Leaving Certificate Examination, 1920
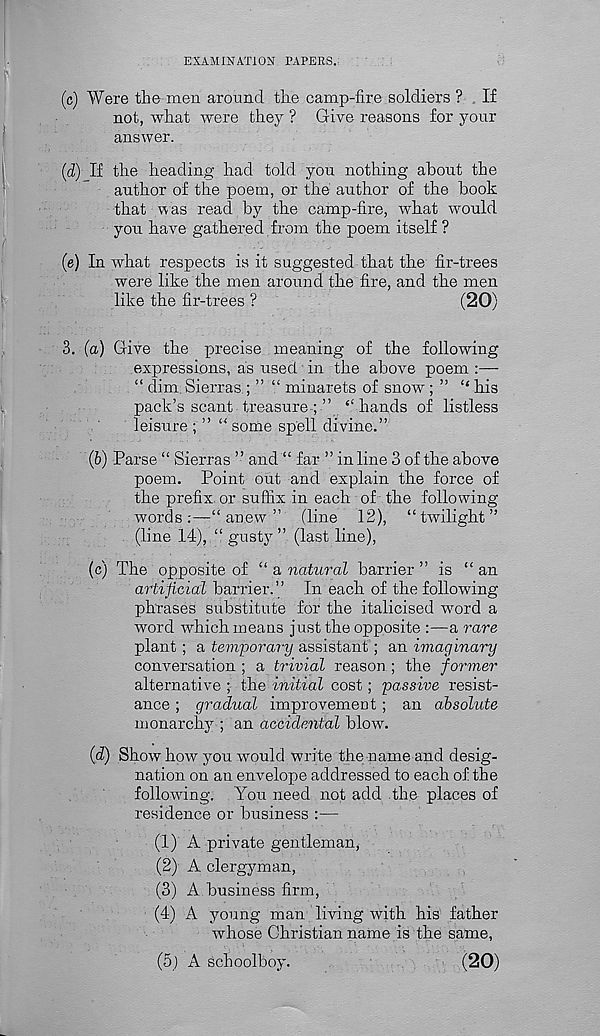
EXAMINATION PAPERS.
(c) Were the men around the camp-fire soldiers ? If
not, what were they ? Give reasons for your
answer.
(d)
If the heading had told you nothing abo
author of the poem, or the author of the book
that was read by the camp-fire, what would
you have gathered from the poem itself ?
(e) In what respects is it suggested that the fir-trees
were like the men around the fire, and the men
like the fir-trees ?
(20)
3. (a) Give the precise . meaning of the following
expressions, as used in the above poem
“ dim Sierras ; ” “ minarets of snow ; ” “ his
pack’s scant treasure
hands of listless
leisure ; ” “ some spell divine.”
(6) Parse “ Sierras ” and “ far ” in line 3 of the above
poem. Point out and explain the force of
the prefix, or suffix in each of the following
words:—“anew” (line 12), “twilight”
(line 14), “ gusty ” (last line),
(c) The opposite of “ a natural barrier ” is “ an
artificial barrier.” In each of the following
phrases substitute for the italicised word a
word which means just the opposite :—a rare
plant ; a temporary assistant ; an imaginary
conversation ; a trivial reason.; the former
alternative; the initial cost; passive resist-
ance ; gradual improvement ; an absolute
monarchy ; an accidental blow.
{d) Show how you would write the name and desig-
nation on an envelope addressed to each of the
following. You need not add the places of
residence or business :—
(1) A private gentleman,
(2) A clergyman,
(3) A business firm,
(4) A young man living with his father
whose Christian name is the same,
(5) A schoolboy.
(20)